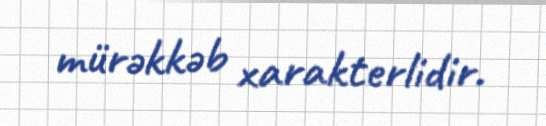
mürəkkəb xarakterlidir.